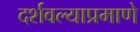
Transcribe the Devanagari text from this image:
दर्शवल्याप्रमाणे